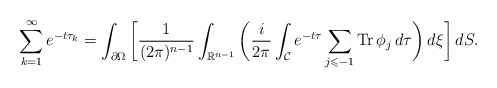
\begin{align*} \sum_{k=1}^{\infty} e^{-t\tau_k} = \int_{\partial \Omega} \bigg[ \frac{1}{(2\pi)^{n-1}} \int_{\mathbb{R}^{n-1}} \bigg( \frac{i}{2\pi}\int_{\mathcal{C}} e^{-t\tau} \sum_{j \leqslant -1} \operatorname{Tr} \phi_{j} \,d\tau \bigg) \,d\xi \bigg] \,dS.\end{align*}